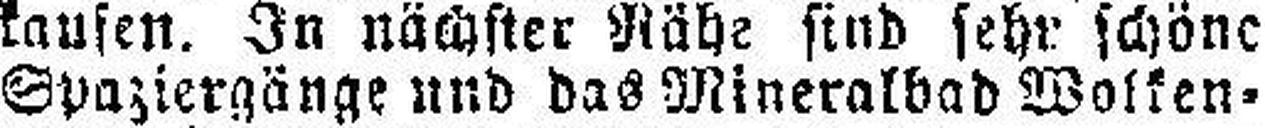
Spaziergänge und das Mineralbad Wolken¬